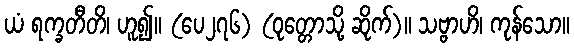
ယံ ရက္ခတီတိ၊ ဟူ၍။ (ပေ၂၇၆) (ဝုတ္တောသို့ ဆိုက်)။ သဗ္ဗာဟိ၊ ကုန်သော။